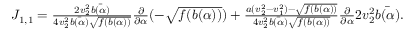
\begin{array} { r } { J _ { 1 , 1 } = \frac { 2 v _ { 2 } ^ { 2 } \bar { b ( \alpha ) } } { 4 v _ { 2 } ^ { 2 } \bar { b ( \alpha ) } \sqrt { f ( b ( \alpha ) ) } } \frac { \partial } { \partial \alpha } ( - \sqrt { f ( b ( \alpha ) ) } ) + \frac { a ( v _ { 2 } ^ { 2 } - v _ { 1 } ^ { 2 } ) - \sqrt { f ( b ( \alpha ) ) } } { 4 v _ { 2 } ^ { 2 } \bar { b ( \alpha ) } \sqrt { f ( b ( \alpha ) ) } } \frac { \partial } { \partial \alpha } 2 v _ { 2 } ^ { 2 } \bar { b ( \alpha ) } . } \end{array}